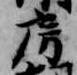
房